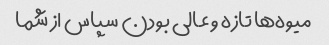
میوه‌ها تازه و عالی بودن سپاس از شما